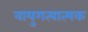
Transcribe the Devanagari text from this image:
वायुगत्यात्मक